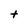
Character: t